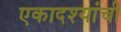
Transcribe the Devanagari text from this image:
एकादश्यांची